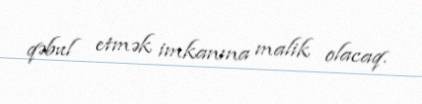
qəbul etmək imkanına malik olacaq.